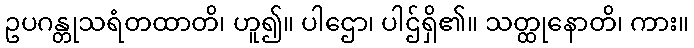
ဥပဂန္တုသရံတထာတိ၊ ဟူ၍။ ပါဌော၊ ပါဌ်ရှိ၏။ သတ္ထုနောတိ၊ ကား။